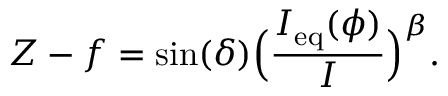
Z - f = \sin ( \delta ) \Big ( \frac { I _ { \mathrm { e q } } ( \phi ) } { I } \Big ) ^ { \beta } .